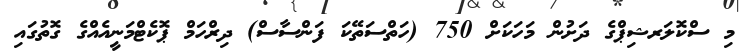
މި ސްކޮލަރޝިޕްގެ ދަށުން މަހަކަށް 750 (ހަތްސަތޭކަ ފަންސާސް) ދިރްހަމް ޕޮކެޓްމަނީއެއްގެ ގޮތުގައި